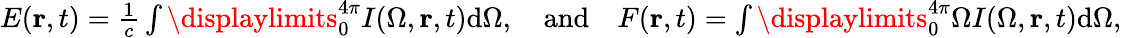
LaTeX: \begin{array}{r}{E(\mathbf r,t)=\frac{1}{c}\int\displaylimits_{0}^{4\pi}I({\Omega},\mathbf r,t)\textrm{d}{\Omega},\quad\textrm{and}\quad F(\mathbf r,t)=\int\displaylimits_{0}^{4\pi}\Omega I({\Omega},\mathbf r,t)\textrm{d}{\Omega},}\end{array}